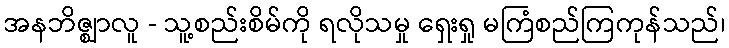
အနဘိဇ္ဈာလူ - သူ့စည်းစိမ်ကို ရလိုသမှု ရှေးရှု မကြံစည်ကြကုန်သည်၊